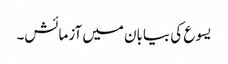
یسوع کی بیابان میں آزمائش۔